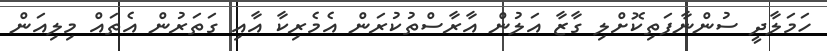
ހަމަލާދީ ސުންނާފަތިކޮށްލި ގާޒާ އަލުން އާރާސްތުކުރަން އެމެރިކާ އާއި ގަތަރުން އެތައް މިލިއަން